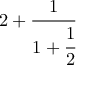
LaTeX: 2 + { \cfrac { 1 } { 1 + { \cfrac { 1 } { 2 } } } }